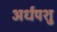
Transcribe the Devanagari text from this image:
अर्धपशु